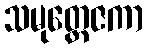
သမုတ္တေဇကာ